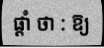
ផ្តាំ ថា : ឱ្យ